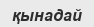
қынадай